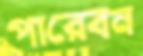
পারেবন